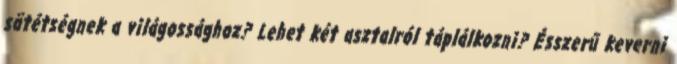
sötétségnek a világossághoz? Lehet két asztalról táplálkozni? Ésszerű keverni